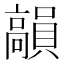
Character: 𩫣